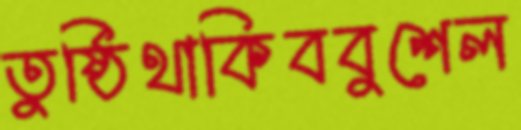
তুষ্ঠিথাকিববুশেল